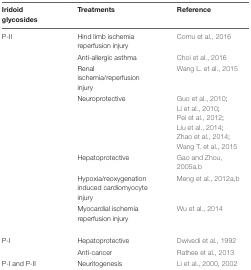
<table><thead><tr><td><b>Iridoid glycosides</b></td><td><b>Treatments</b></td><td><b>Reference</b></td></tr></thead><tbody><tr><td>P-II</td><td>Hind limb ischemia reperfusion injury</td><td>Comu et al., 2016</td></tr><tr><td></td><td>Anti-allergic asthma</td><td>Choi et al., 2016</td></tr><tr><td></td><td>Renal ischemia/reperfusion injury</td><td>Wang L. et al., 2015</td></tr><tr><td></td><td>Neuroprotective</td><td>Guo et al., 2010; Li et al., 2010; Pei et al., 2012; Liu et al., 2014; Zhao et al., 2014; Wang T. et al., 2015</td></tr><tr><td></td><td>Hepatoprotective</td><td>Gao and Zhou, 2005a,b</td></tr><tr><td></td><td>Hypoxia/reoxygenation induced cardiomyocyte injury</td><td>Meng et al., 2012a,b</td></tr><tr><td></td><td>Myocardial ischemia reperfusion injury</td><td>Wu et al., 2014</td></tr><tr><td>P-I</td><td>Hepatoprotective</td><td>Dwivedi et al., 1992</td></tr><tr><td></td><td>Anti-cancer</td><td>Rathee et al., 2013</td></tr><tr><td>P-I and P-II</td><td>Neuritogenesis</td><td>Li et al., 2000, 2002</td></tr></tbody></table>